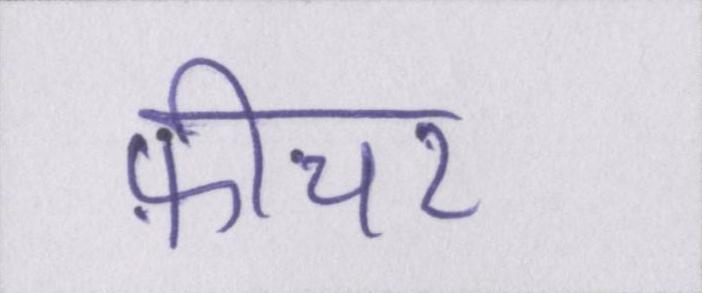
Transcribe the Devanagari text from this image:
फ़ीचर